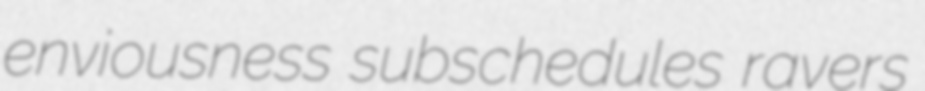
enviousness subschedules ravers